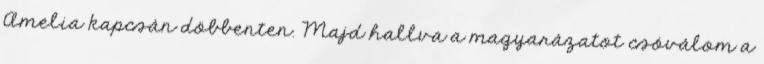
Amelia kapcsán döbbenten. Majd hallva a magyarázatot csóválom a